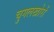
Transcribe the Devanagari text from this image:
चुगलखोरों